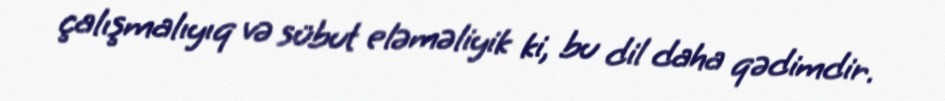
çalışmalıyıq və sübut eləməliyik ki, bu dil daha qədimdir.